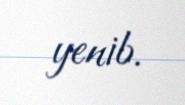
yenib.